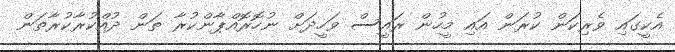
އެކީގައި ވެރިކަން ކުރަން އައި މީހުން ރައީސް ވަހީދަށް ނުހޮރޮއްޕާންކުރާ ތަން ދުއްކުރާކުރާތަން